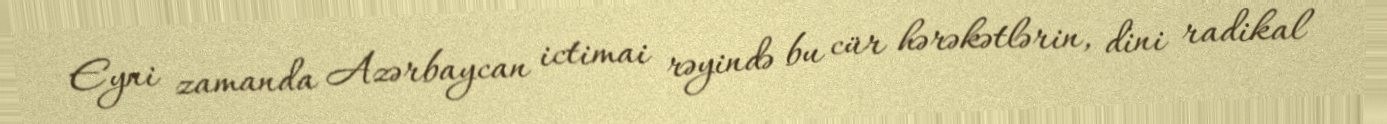
Eyni zamanda Azərbaycan ictimai rəyində bu cür hərəkətlərin, dini radikal